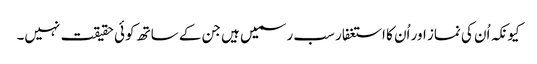
کیونکہ اُن کی نماز اور اُن کا استغفار سب رسمیں ہیں جن کے ساتھ کوئی حقیقت نہیں۔